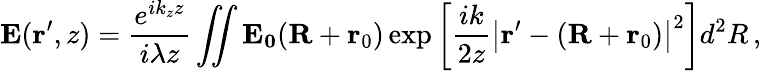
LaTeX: \mathbf{E}(\mathbf{r}^{\prime},z)=\frac{e^{ik_{z}z}}{i\lambda z}\iint\mathbf{E_{0}}(\mathbf{R}+\mathbf{r}_{0})\exp\left[\frac{ik}{2z}\left|\mathbf{r}^{\prime}-(\mathbf{R}+\mathbf{r}_{0})\right|^{2}\right]d^{2}R\, ,